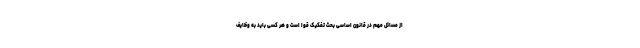
از مسائل مهم در قانون اساسی بحث تفکیک قوا است و هر کسی باید به وظایف